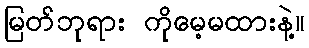
မြတ်ဘုရား ကိုမေ့မထားနဲ့။